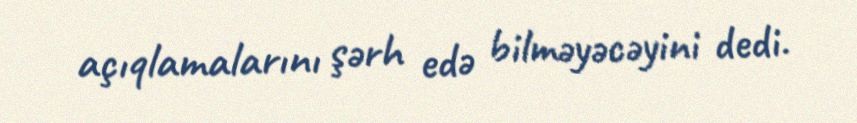
açıqlamalarını şərh edə bilməyəcəyini dedi.